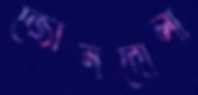
জোনদোলা